38_143685_box_Incident_Summaries_173-233
Agency: Department of War
Page 123
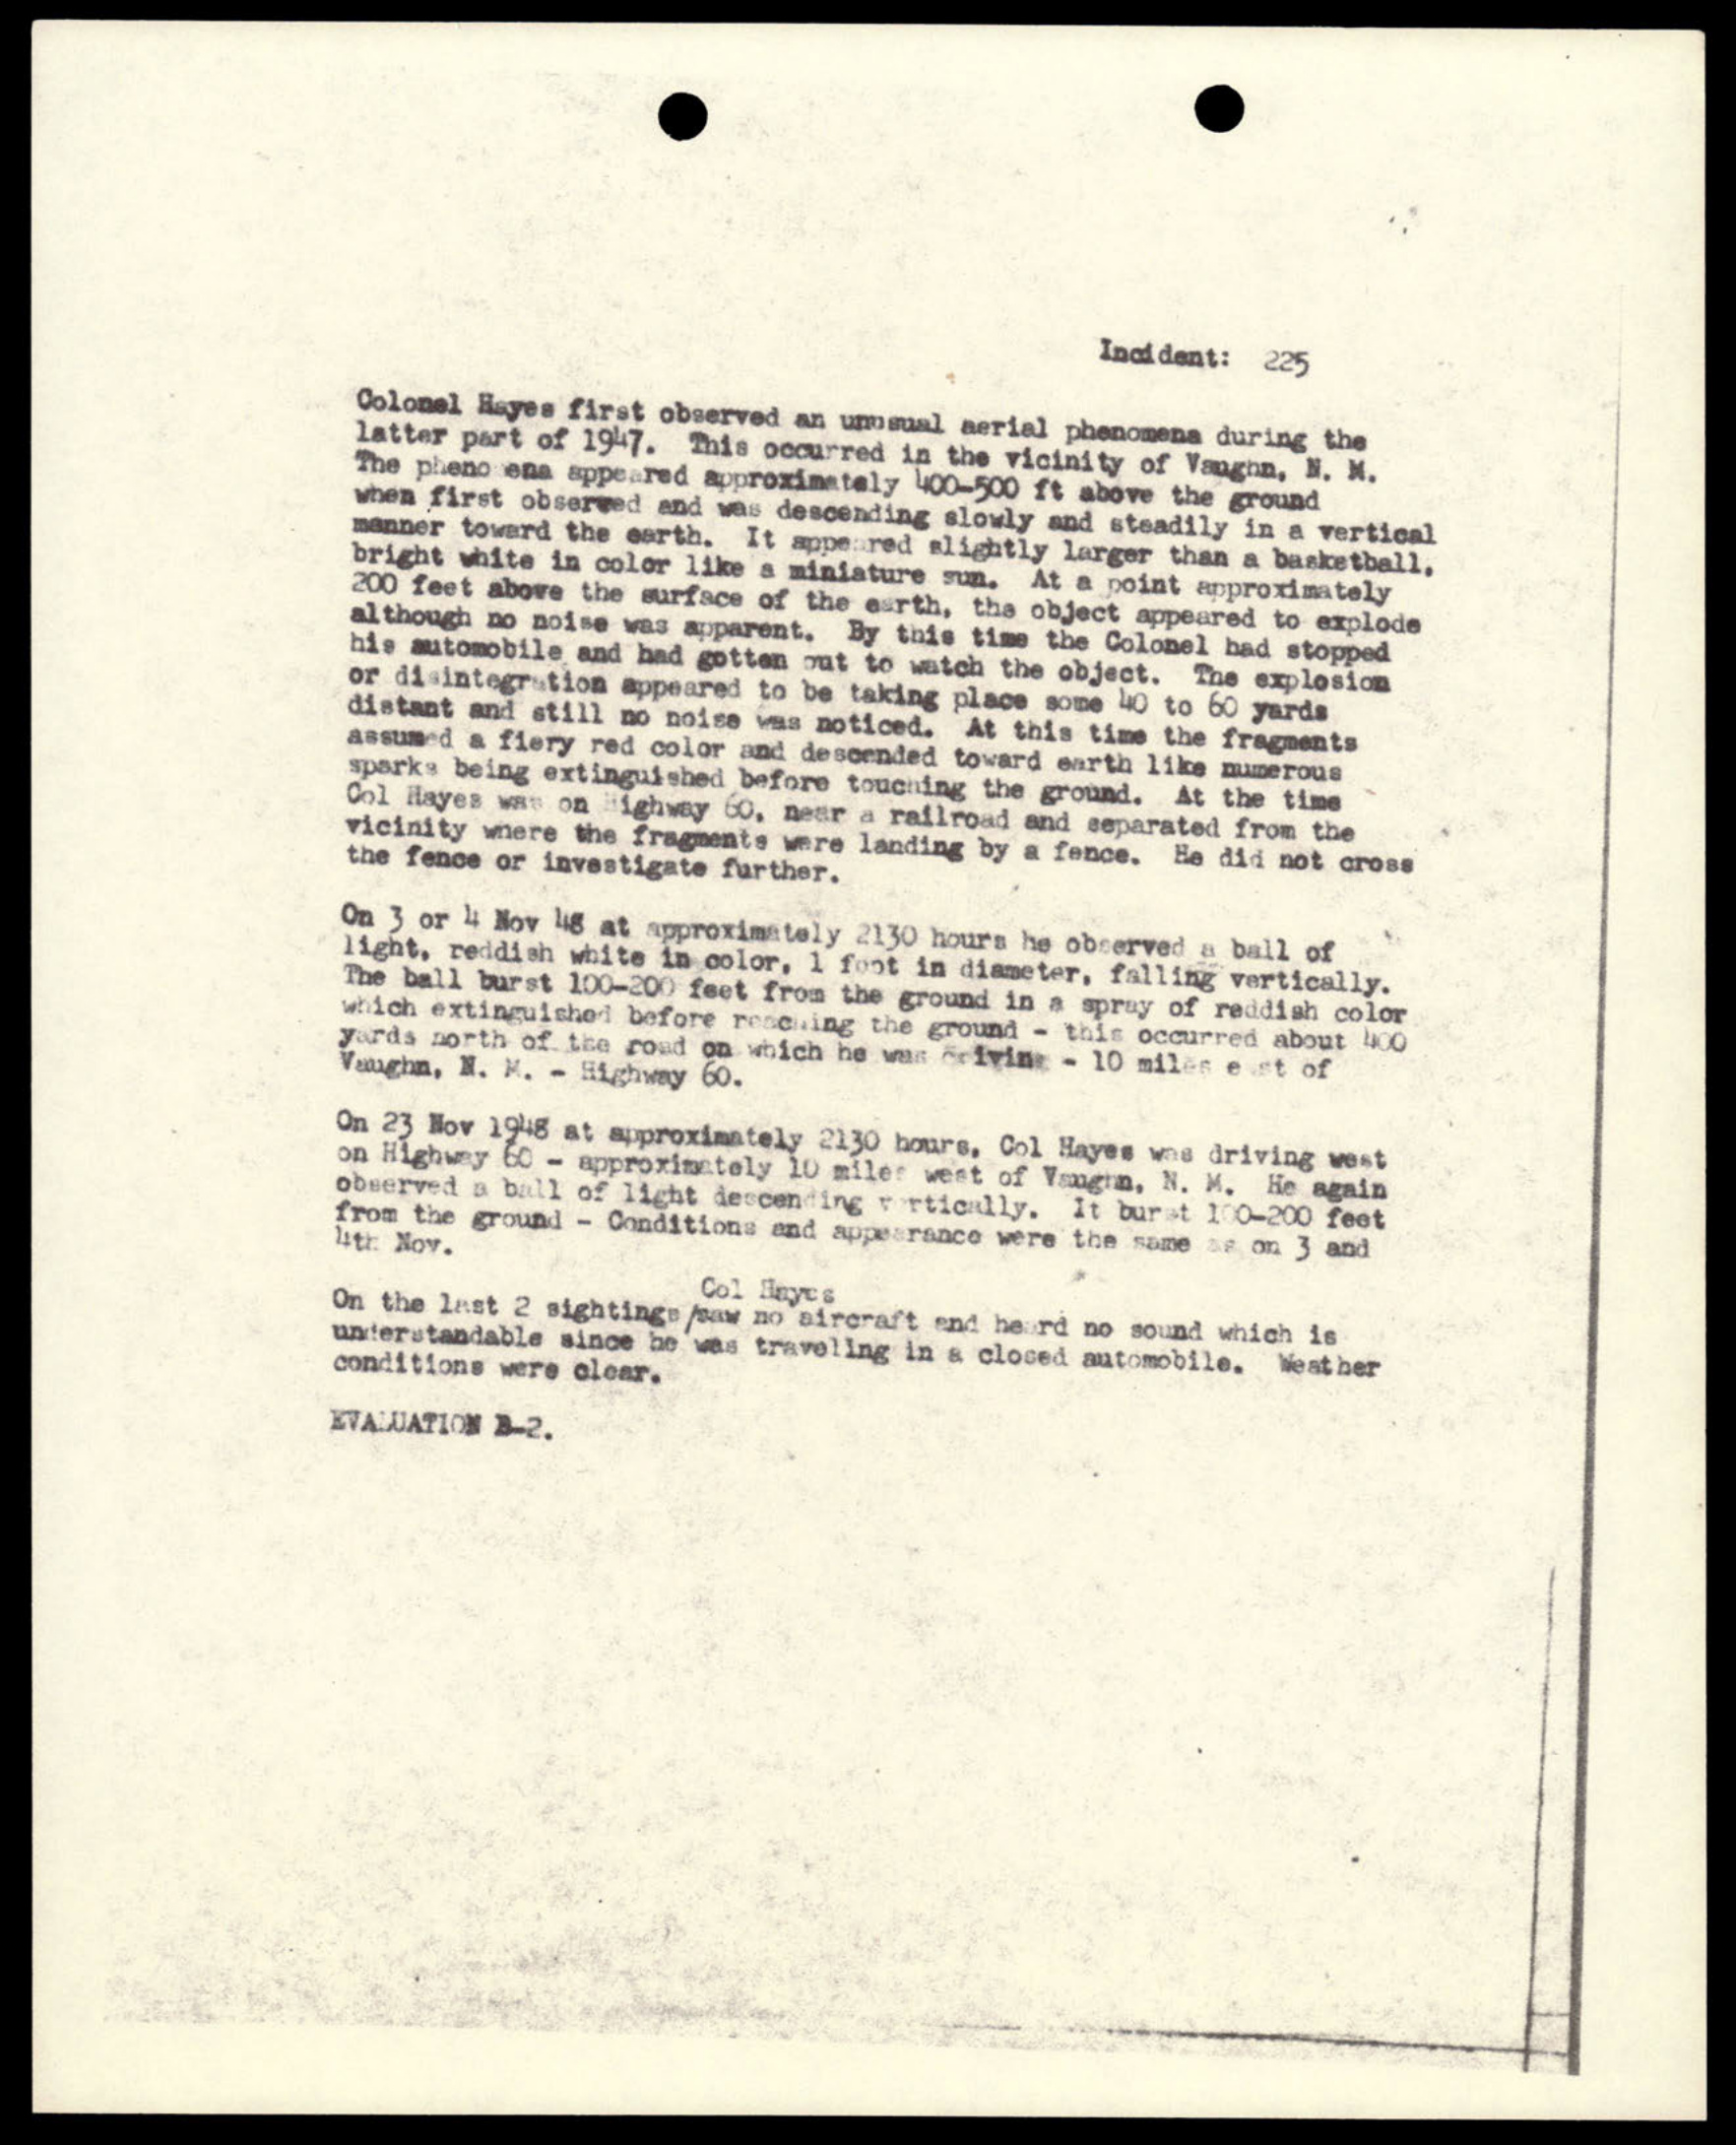